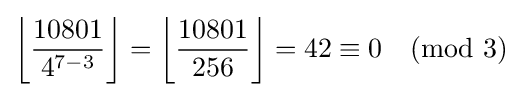
\left\lfloor {\frac {10801}{4^{7-3}}}\right\rfloor =\left\lfloor {\frac {10801}{256}}\right\rfloor =42\equiv 0{\pmod {3}}